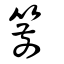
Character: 箭